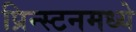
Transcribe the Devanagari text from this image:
प्रिन्स्टनमध्ये